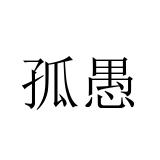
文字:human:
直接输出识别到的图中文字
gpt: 孤愚